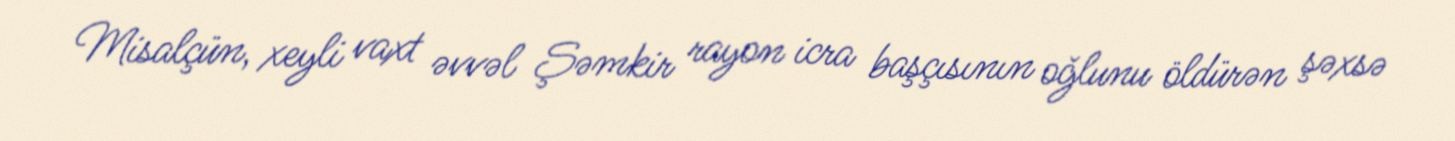
Misalçün, xeyli vaxt əvvəl Şəmkir rayon icra başçısının oğlunu öldürən şəxsə